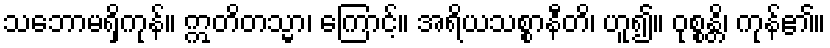
သဘောမရှိကုန်။ ဣတိတသ္မာ၊ ကြောင့်။ အရိယသစ္စာနီတိ၊ ဟူ၍။ ဝုစ္စန္တိ၊ ကုန်၏။